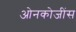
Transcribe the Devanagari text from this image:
ओनकोजींस